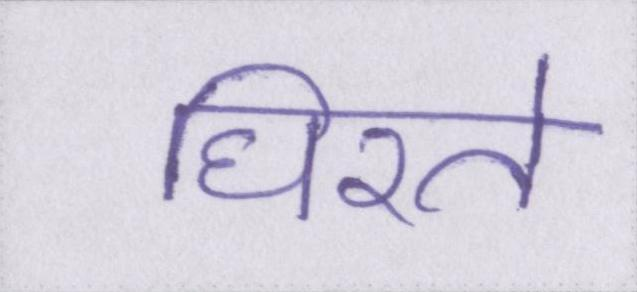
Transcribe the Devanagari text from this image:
घिरते